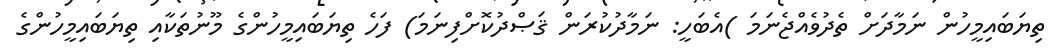
ތިޔަބައިމީހުން ނަމާދަށް ތެދުވެއްޖެނަމަ )އެބަހީ: ނަމާދުކުރަން ޤަޞްދުކޮށްފިނަމަ) ފަހެ ތިޔަބައިމީހުންގެ މޫނުތަކާއި ތިޔަބައިމީހުންގެ